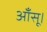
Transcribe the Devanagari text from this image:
आँसू।